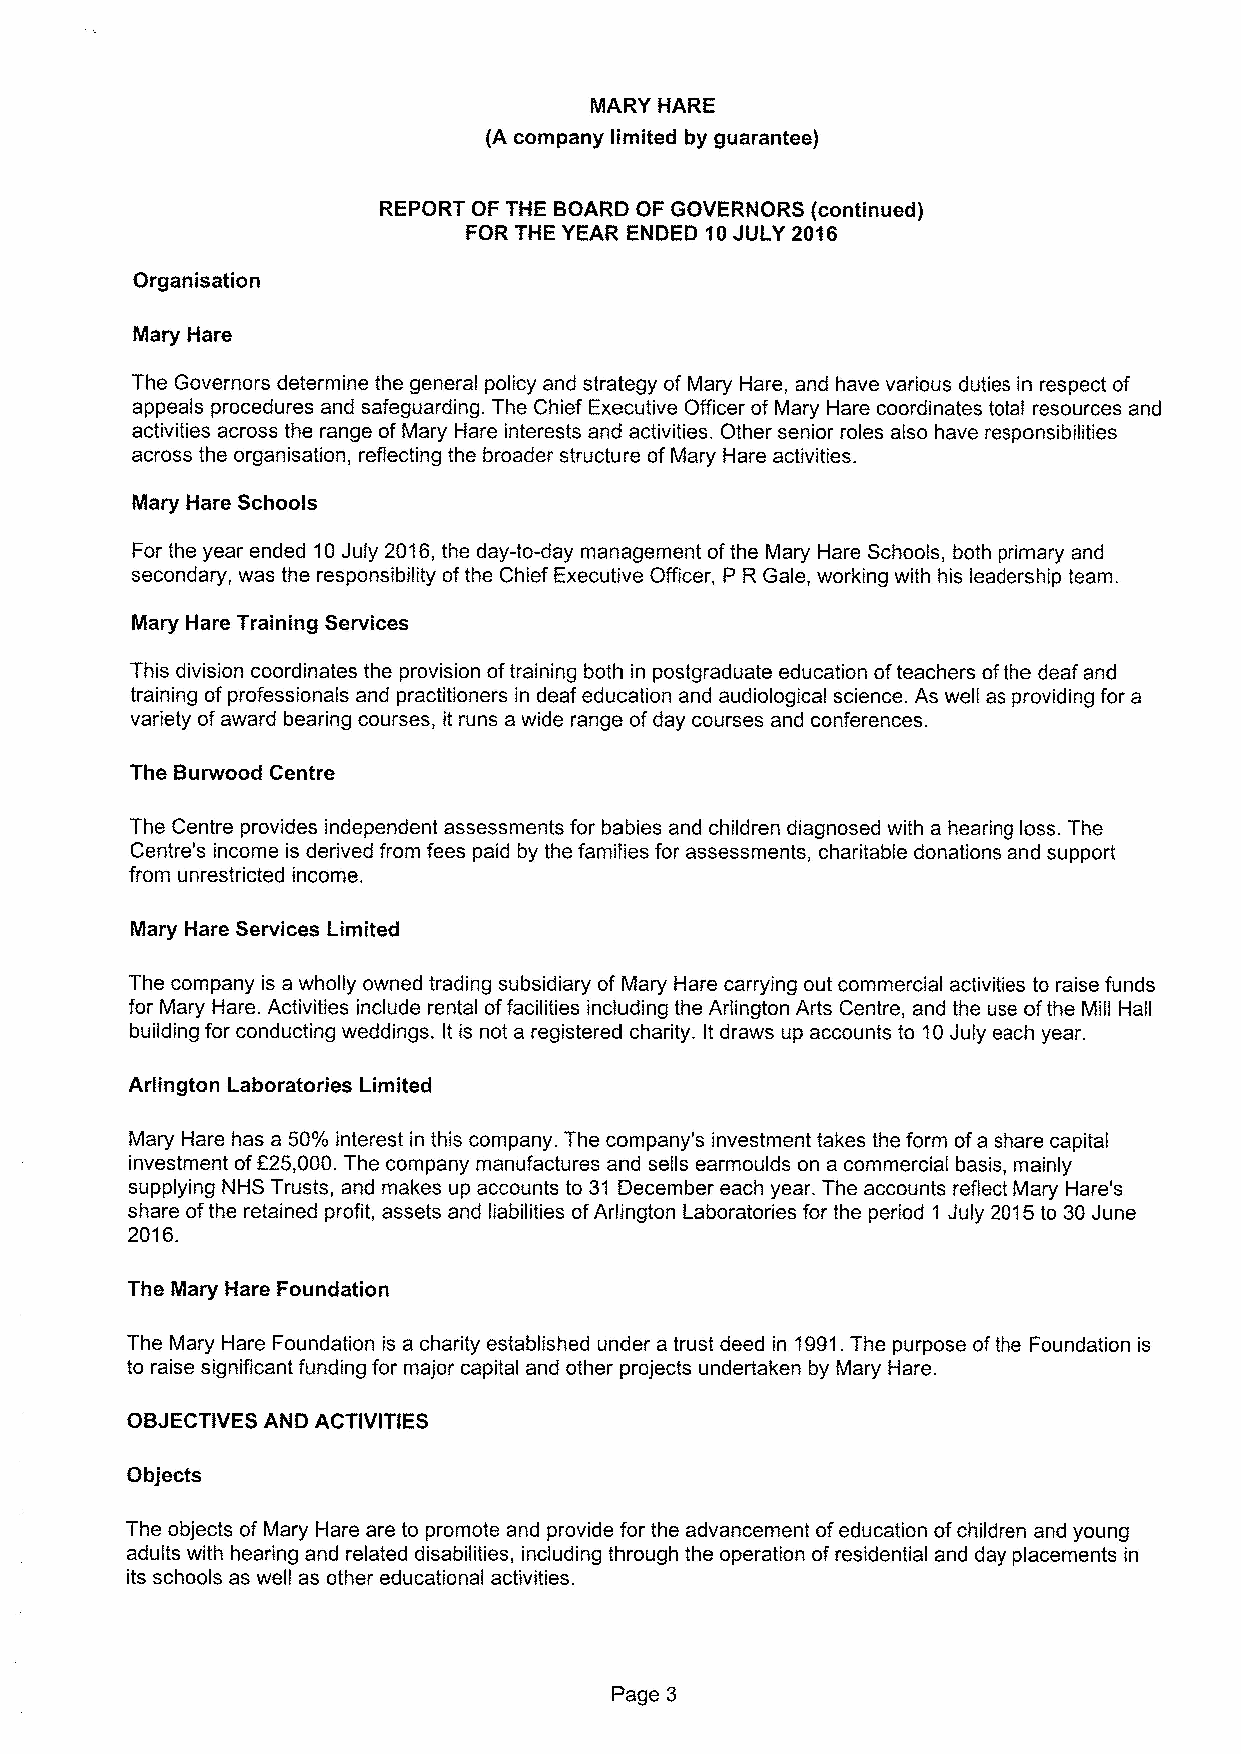
MARY HARE
 {Acompany limited by guarantee)
 REPORT OF THE BOARD OF GOVERNORS {continued)
 FOR THE YEAR ENDED 10JULY 2016
 Organisation
 Mary Hare
 The Governors determine the general policy and strategy of Mary Hare, and have various duties in respect of
 appeals procedures and safeguarding. The Chief Executive Officer of Mary Hare coordinates total resources and
 activities across the range ofMary Hare interests and activities. Other senior roles also have responsibilities
 across the organisation, reflecting the broader structure of Mary Hare activities.
 Mary Hare Schools
 For the year ended 10July 2016, the day-to-day management ofthe Mary Hare Schools, both primary and
 secondary, was the responsibility ofthe Chief Executive Officer, P R Gale, working with his leadership team.
 Mary Hare Training Services
 This division coordinates the provision oftraining both in postgraduate education ofteachers ofthe deaf and
 training of professionals and practitioners in deaf education and audiological science. As well as providing for a
 variety ofaward bearing courses, it runs a wide range ofday courses and conferences.
 The Burwood Centre
 The Centre provides independent assessments for babies and children diagnosed with a hearing loss. The
 Centre's income is derived from fees paid by the families for assessments, charitable donations and support
 from unrestricted income.
 Mary Hare Services Limited
 The company is a wholly owned trading subsidiary of Mary Hare carrying out commercial activities to raise funds
 for Mary Hare. Activities include rental offacilities including the Arlington Arts Centre, and the use ofthe Mill Hall
 building for conducting weddings. It is not a registered charity. It draws up accounts to 10July each year.
 Arlington Laboratories Limited
 Mary Hare has a 50%interest in this company. The company's investment takes the form ofa share capital
 investment of225,000.The company manufactures and sells earmoulds on a commercial basis, mainly
 supplying NHS Trusts, and makes up accounts to 31 December each year. The accounts reflect Mary Hare's
 share ofthe retained profit, assets and liabilities ofArlington Laboratories for the period 1 July 2015to 30June
 2016.
 The Mary Hare Foundation
 The Mary Hare Foundation is a charity established under a trust deed in 1991.The purpose ofthe Foundation is
 to raise significant funding for major capital and other projects undertaken by Mary Hare.
 OBJECTIVES AND ACTIVITIES
 Objects
 The objects of Mary Hare are to promote and provide for the advancement ofeducation ofchildren and young
 adults with hearing and related disabilities, including through the operation ofresidential and day placements in
 its schools as well as other educational activities.
 Page 3